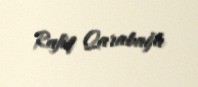
Rafiq Qarabağlı